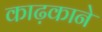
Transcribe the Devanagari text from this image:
काढ़काने